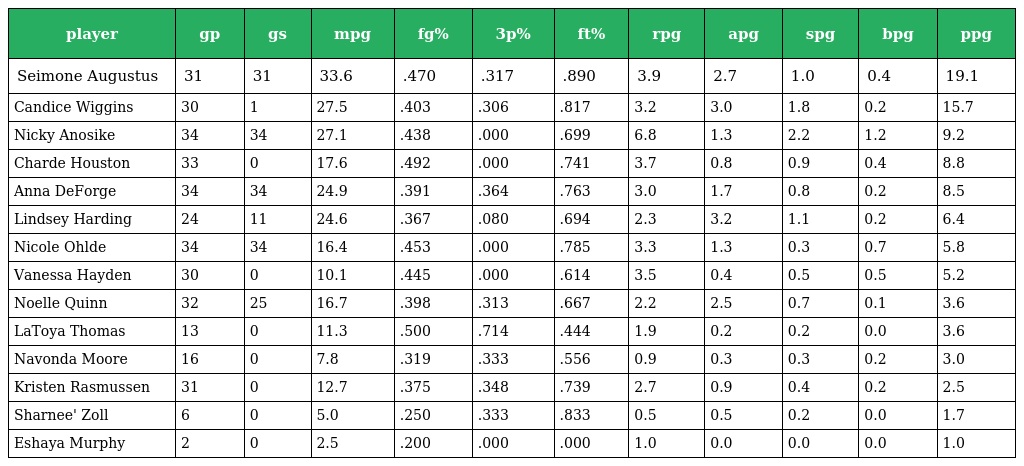
| player | gp | gs | mpg | fg% | 3p% | ft% | rpg | apg | spg | bpg | ppg |
 | --- | --- | --- | --- | --- | --- | --- | --- | --- | --- | --- | --- |
 | Seimone Augustus | 31 | 31 | 33.6 | .470 | .317 | .890 | 3.9 | 2.7 | 1.0 | 0.4 | 19.1 |
 | Candice Wiggins | 30 | 1 | 27.5 | .403 | .306 | .817 | 3.2 | 3.0 | 1.8 | 0.2 | 15.7 |
 | Nicky Anosike | 34 | 34 | 27.1 | .438 | .000 | .699 | 6.8 | 1.3 | 2.2 | 1.2 | 9.2 |
 | Charde Houston | 33 | 0 | 17.6 | .492 | .000 | .741 | 3.7 | 0.8 | 0.9 | 0.4 | 8.8 |
 | Anna DeForge | 34 | 34 | 24.9 | .391 | .364 | .763 | 3.0 | 1.7 | 0.8 | 0.2 | 8.5 |
 | Lindsey Harding | 24 | 11 | 24.6 | .367 | .080 | .694 | 2.3 | 3.2 | 1.1 | 0.2 | 6.4 |
 | Nicole Ohlde | 34 | 34 | 16.4 | .453 | .000 | .785 | 3.3 | 1.3 | 0.3 | 0.7 | 5.8 |
 | Vanessa Hayden | 30 | 0 | 10.1 | .445 | .000 | .614 | 3.5 | 0.4 | 0.5 | 0.5 | 5.2 |
 | Noelle Quinn | 32 | 25 | 16.7 | .398 | .313 | .667 | 2.2 | 2.5 | 0.7 | 0.1 | 3.6 |
 | LaToya Thomas | 13 | 0 | 11.3 | .500 | .714 | .444 | 1.9 | 0.2 | 0.2 | 0.0 | 3.6 |
 | Navonda Moore | 16 | 0 | 7.8 | .319 | .333 | .556 | 0.9 | 0.3 | 0.3 | 0.2 | 3.0 |
 | Kristen Rasmussen | 31 | 0 | 12.7 | .375 | .348 | .739 | 2.7 | 0.9 | 0.4 | 0.2 | 2.5 |
 | Sharnee' Zoll | 6 | 0 | 5.0 | .250 | .333 | .833 | 0.5 | 0.5 | 0.2 | 0.0 | 1.7 |
 | Eshaya Murphy | 2 | 0 | 2.5 | .200 | .000 | .000 | 1.0 | 0.0 | 0.0 | 0.0 | 1.0 |